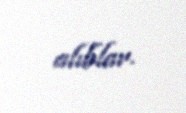
alıblar.